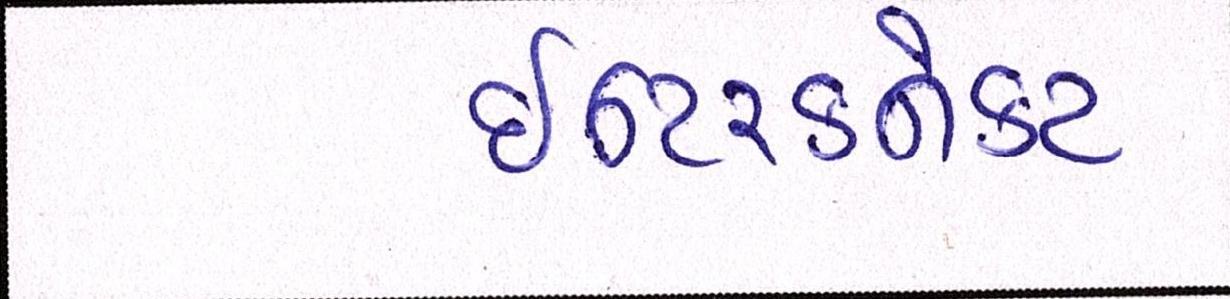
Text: ઈન્ટરકનેકટ